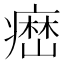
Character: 𤹳